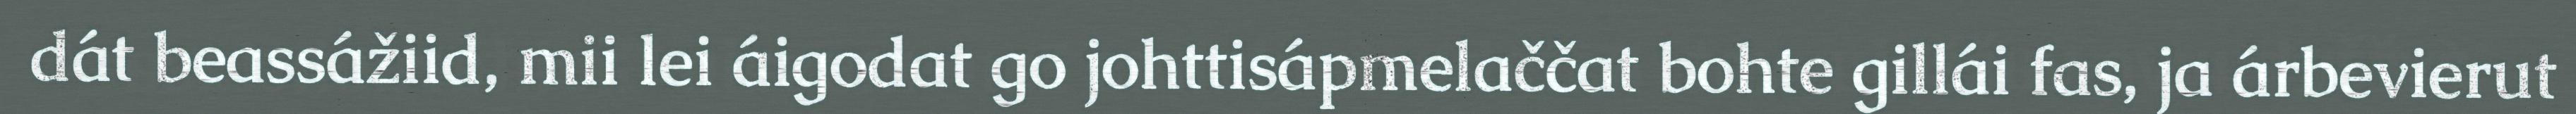
dát beassážiid, mii lei áigodat go johttisápmelaččat bohte gillái fas, ja árbevierut